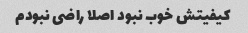
کیفیتش خوب نبود اصلا راضی نبودم